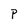
Character: P